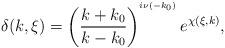
LaTeX: \begin{align*} \delta(k,\xi)=\left(\frac{k+k_0}{k-k_0}\right)^{^{i\nu(-k_0)}}e^{\chi(\xi,k)},\end{align*}